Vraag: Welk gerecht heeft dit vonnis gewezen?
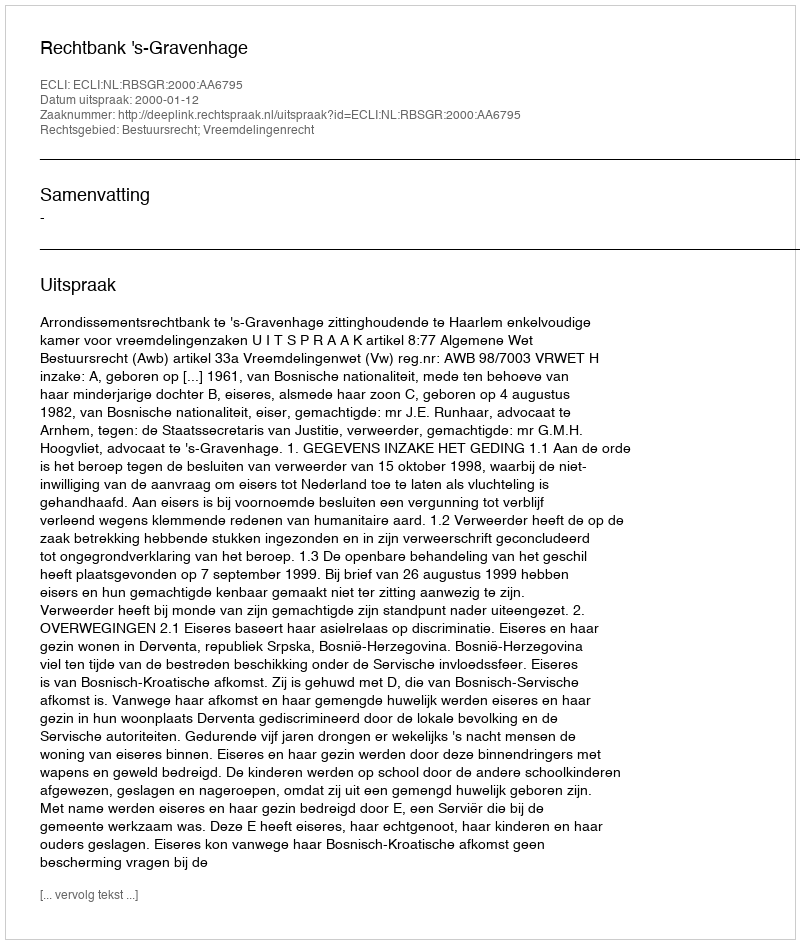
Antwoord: Rechtbank 's-Gravenhage